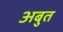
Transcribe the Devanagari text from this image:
अबुत